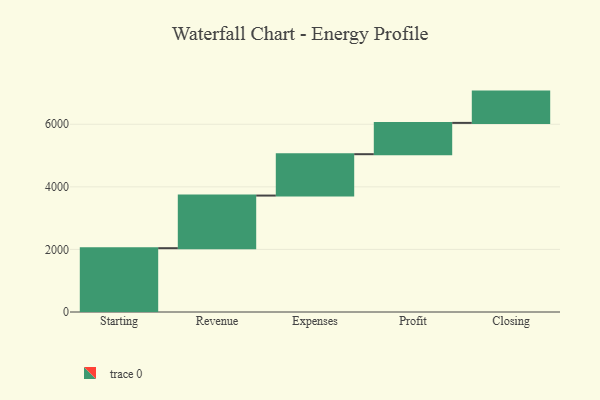
{"axis": {"x": "Step", "y": "Value"}, "legend": [""], "data": [{"x": "Starting", "y": 2039.0, "type": ""}, {"x": "Revenue", "y": 1682.0, "type": ""}, {"x": "Expenses", "y": 1322.0, "type": ""}, {"x": "Profit", "y": 1000, "type": ""}, {"x": "Closing", "y": 1000, "type": ""}]}